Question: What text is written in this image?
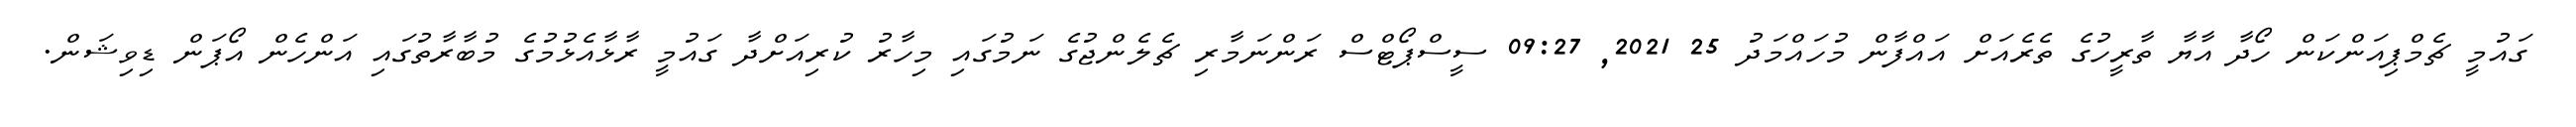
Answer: ގައުމީ ޗެމްޕިއަންކަން ހޯދާ އާޔާ ތާރީހުގެ ތެރެއަށް އައްފާން މުހައްމަދު 25 2021, 09:27 ސީސްޕޯޓްސް ރަންނަމާރި ޗެލެންޖުގެ ނަމުގައި މިހާރު ކުރިއަށްދާ ގައުމީ ރާޅާއެޅުމުގެ މުބާރާތުގައި އަންހެން އޯޕަން ޑިވިޝަން.